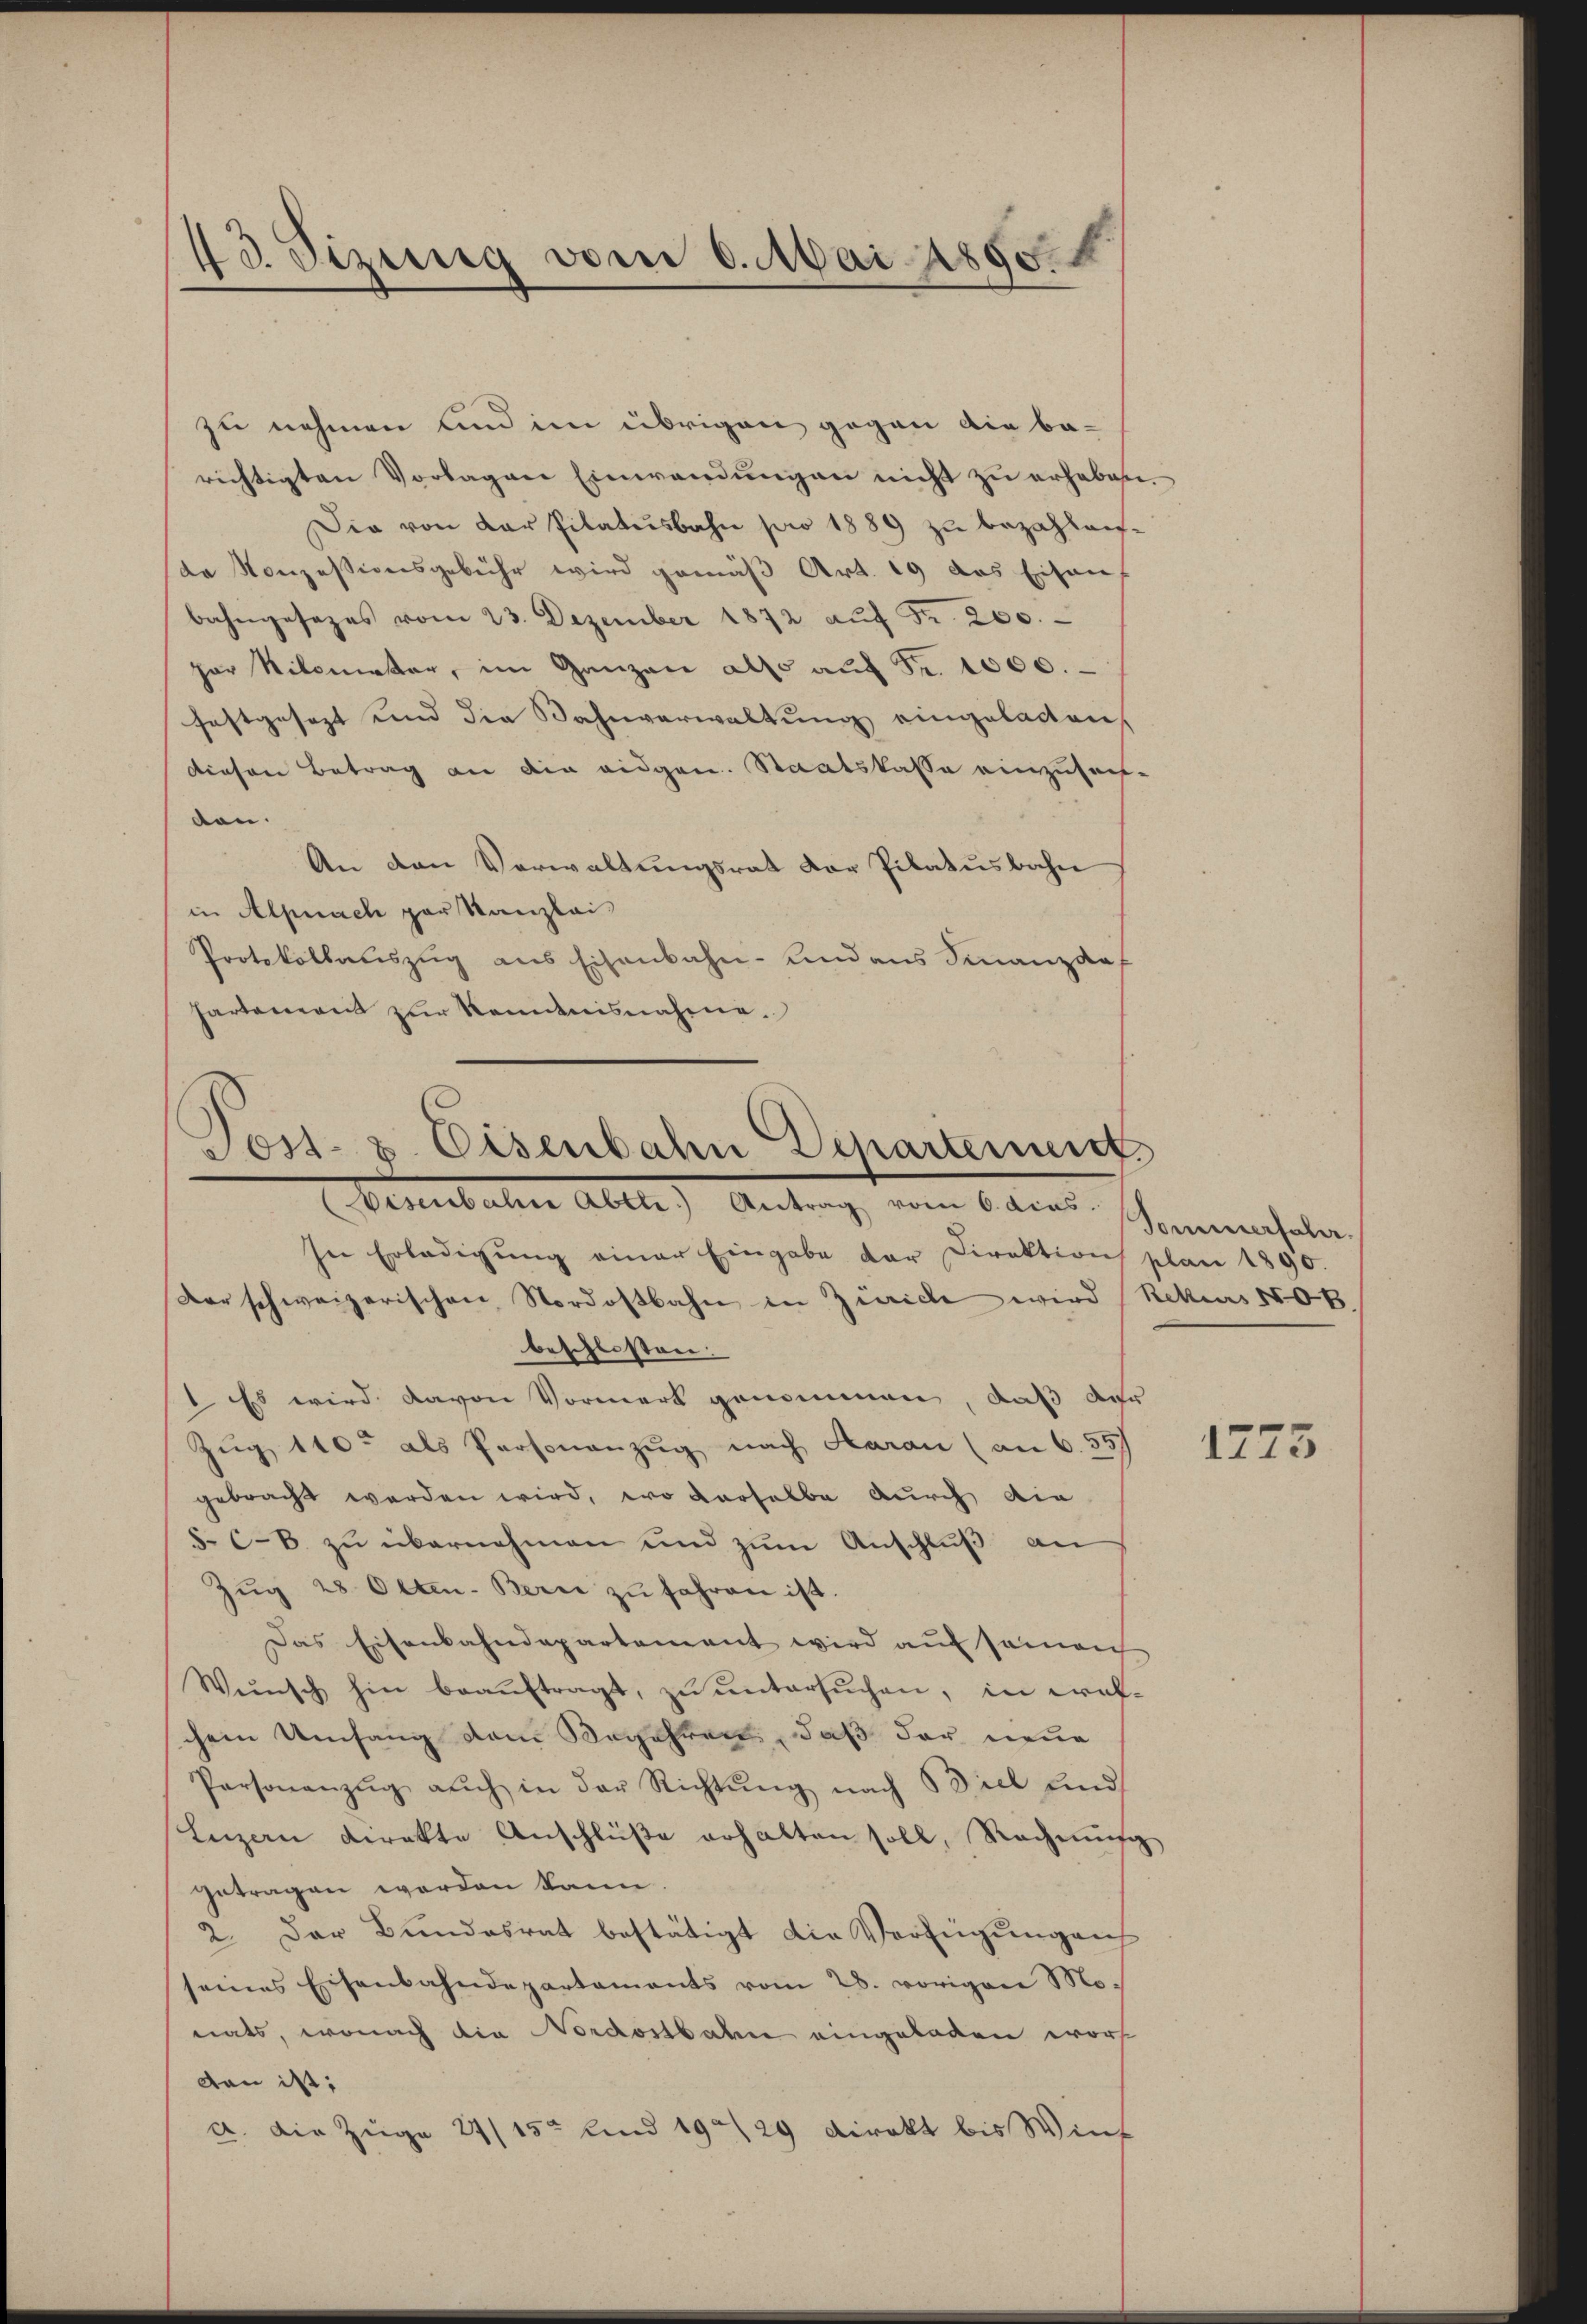
43. Sizung vom 6. Mai 1890.

zu nehmen und im übrigen gegen die be-
richtigten Vorlagen Einwandŭngen nicht zŭ erheben.
Die von der Pilatŭsbahn pro 1889 zu bezahleifde Konzessionsgebühr wird gemäß Art. 19 das Eisens
bahngesezes vom 23. Dezember 1872 aŭf Fr. 200.
par Nilometer, im Ganzen also auf Fr. 1000.
festgesezt und die Bahnverwaltung eingelasten,
diesen Betrag an die eidgen. Staatskasse einzusuch-
den.
An den Verwaltungsrat der Pilatusbahn
in Alpnach par Kanzlei
Protokollauszug aus Eisenbahn- und aus Finanzdaf
hartement zur Kenntnisnahme.

Post- & Eisenbahn Departement
Visenbahne Abttr.) Antrag vom 6. dies

In Erledigŭng einer Eingabe der Direktion plan 1890.
der schweizerischen Nordostbahn in Zürich wird (Rekurs 508.
beschlossen.
1 Es wird davon Vormerk genommen, daß der
Zug 110 als Personanzug nach Haran (an 6. 557
gebracht werden wird, wo derselbe durch die
§. C-B. zu übernehmen und zum Anschluß an
Zŭg 28. Otten-Bern zŭ fahren ist.
Das Eisenbahndepartement wird aŭf seinan
Wünsch hin beaŭftragt, zŭ ŭntersŭchen, in Kraf-
chem Umfang dem Begehren, daß der neue
Personanzŭg aŭch in der Richtŭng nach Biel find
Luzern direkte Anschlüße erhalten soll, Rechnung
getragen worden kann.
2. Der Bundesrat bestätigt die Verfügungen
seines Eisenbahndepartaments vom 28. vorigen Monats, wonach die Nordostbahn eingeladen worden ist;
a. die Zuge 24/15 und 19/29 Direkt bis Wint

Tommerfahr.

1773